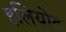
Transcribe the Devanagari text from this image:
इलियोट